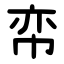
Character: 帟